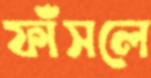
ফাঁসলে